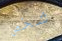
شخص